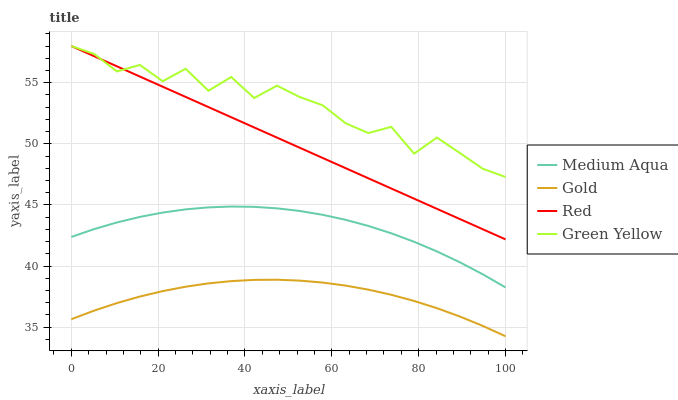
| xaxis_label | Medium Aqua | Gold | Red | Green Yellow |
 | --- | --- | --- | --- | --- |
 | 0 | 42.4 | 35.6 | 58 | 58 |
 | 5.26 | 43 | 36.4 | 57.2 | 57.3 |
 | 10.5 | 43.6 | 37 | 56.3 | 55.9 |
 | 15.8 | 44 | 37.5 | 55.5 | 56.5 |
 | 21.1 | 44.4 | 38 | 54.7 | 55.1 |
 | 26.3 | 44.6 | 38.3 | 53.8 | 56.1 |
 | 31.6 | 44.8 | 38.6 | 53 | 54.3 |
 | 36.8 | 44.9 | 38.8 | 52.2 | 55.5 |
 | 42.1 | 44.8 | 38.9 | 51.3 | 53.7 |
 | 47.4 | 44.7 | 38.9 | 50.5 | 54.8 |
 | 52.6 | 44.5 | 38.8 | 49.7 | 53.8 |
 | 57.9 | 44.2 | 38.6 | 48.8 | 53.2 |
 | 63.2 | 43.8 | 38.4 | 48 | 51.7 |
 | 68.4 | 43.3 | 38.1 | 47.2 | 50.9 |
 | 73.7 | 42.7 | 37.7 | 46.3 | 51.4 |
 | 78.9 | 42 | 37.1 | 45.5 | 49.2 |
 | 84.2 | 41.2 | 36.6 | 44.7 | 50.5 |
 | 89.5 | 40.3 | 35.9 | 43.8 | 49.3 |
 | 94.7 | 39.3 | 35.1 | 43 | 48 |
 | 100 | 38.3 | 34.3 | 42.2 | 47.3 |